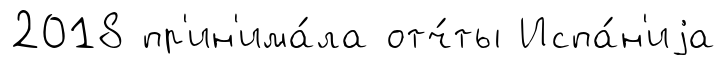
2018 пр'ин'има́ла отч́ты Испа́н'иjа